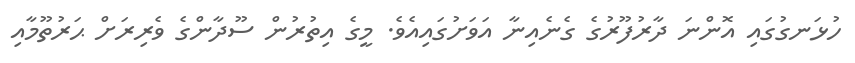
ހުޅަނގުގައި އޮންނަ ދާރުފޫރުގެ ގެނެއިނާ އަވަށުގައިއެވެ. މީގެ އިތުރުން ސޫދާންގެ ވެރިރަށް ޙަރުތޫމާއި